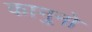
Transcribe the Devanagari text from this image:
कानुनो